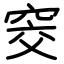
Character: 窔